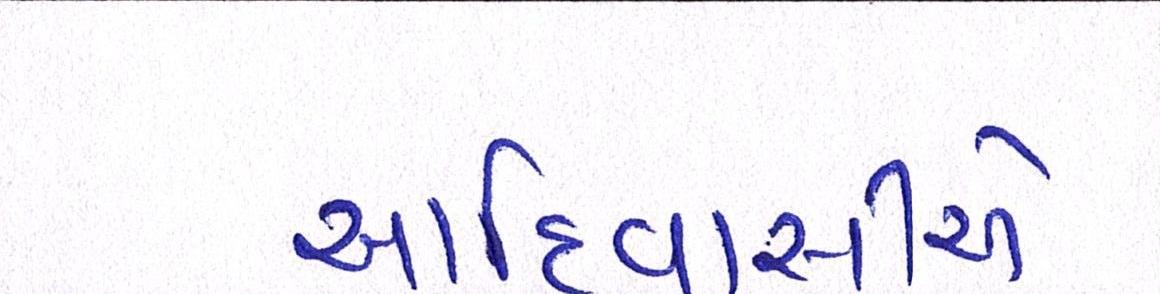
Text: આદિવાસીએ